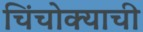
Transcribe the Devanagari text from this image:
चिंचोक्याची